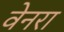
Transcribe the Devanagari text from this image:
वेनरा